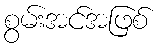
စွမ်းအင်အဖြစ်